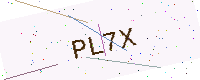
Text: PL7X